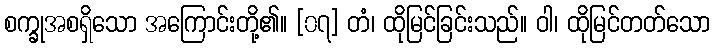
စက္ခုအစရှိသော အကြောင်းတို့၏။ [၀၇] တံ၊ ထိုမြင်ခြင်းသည်။ ဝါ၊ ထိုမြင်တတ်သော